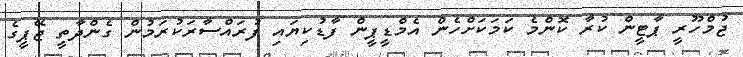
ޖުމްހޫރީ ޕާޓީން ކުރާ ކޮންމެ ކަމަކަށްހެން އެމްޑީޕީން ފާޑުުކިޔައި ފުރައްސާރަކުރަމުން ގެންދާތީ ޖޭޕީގެ